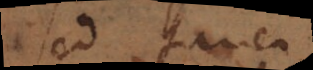
sed tamen